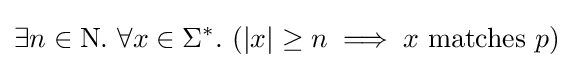
\exists n\in \mathrm {N} .\ \forall x\in \Sigma ^{*}.\ (|x|\geq n\implies x{\text{ matches }}p)